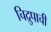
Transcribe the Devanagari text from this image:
चिद्रुपाची